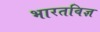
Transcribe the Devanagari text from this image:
भारतविज्ञ